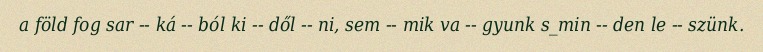
a föld fog sar -- ká -- ból ki -- dől -- ni, sem -- mik va -- gyunk s_min -- den le -- szünk.